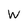
Character: W